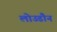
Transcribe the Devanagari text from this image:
लोउडौन